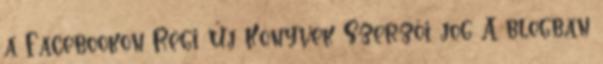
a Facebookon Régi Új Könyvek Szerzői jog A blogban